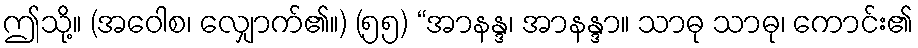
ဤသို့။ (အဝေါစ၊ လျှောက်၏။) (၅၅) “အာနန္ဒ၊ အာနန္ဒာ။ သာဓု သာဓု၊ ကောင်း၏